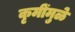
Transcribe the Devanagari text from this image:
कृमींमुळे